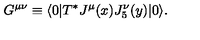
G ^ { \mu \nu } \equiv \langle 0 | T ^ { * } J ^ { \mu } ( x ) J _ { 5 } ^ { \nu } ( y ) | 0 \rangle .